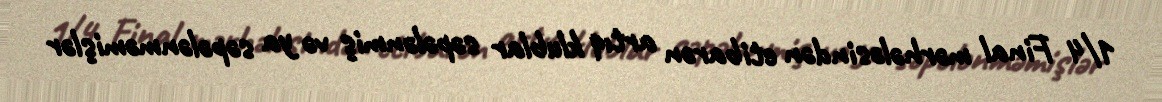
1/4 Final mərhələsindən etibarən artıq klublar səpələnmiş və ya səpələnməmişlər